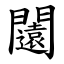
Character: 闧